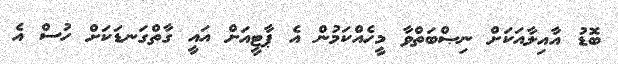
ބޮޑު އާއިލާއަކަށް ނިޞްބަތްވާ މީހެއްކަމުން އެ ޕާޓީއަށް އައީ ގާތްގަނޑަކަށް ހުސް އެ